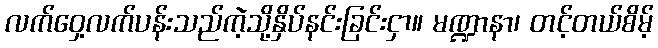
လက်ဝှေ့လက်ပန်းသည်ကဲ့သို့နှိပ်နင်းခြင်းငှာ။ မဏ္ဍာနာ၊ တင့်တယ်စိမ့်